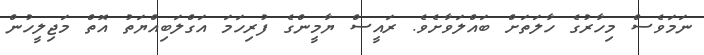
ނަމަވެސް މިހާރުގެ ހާލަތަށް ބައްލަވާށެވެ. ރައީސް ޔާމީންގެ ފުރިހަަމަ އަގްލަބިއްޔަތު އޮތް މަޖިލީހުން